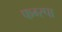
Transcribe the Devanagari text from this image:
फग्स्पा